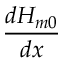
\frac { d H _ { m 0 } } { d x }